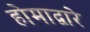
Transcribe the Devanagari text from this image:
होमाद्वारे